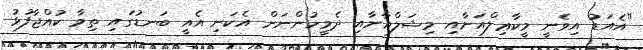
"އެއަޑު އިވެނީ މީކާޢިލްއަށާއި މިޝަލްއާށާއި ދެމީހުންނަށް އެކަނި އެއީ ބަނޑުގައި ތިވާ ކުއްޖާފުޅު